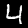
Label: 4